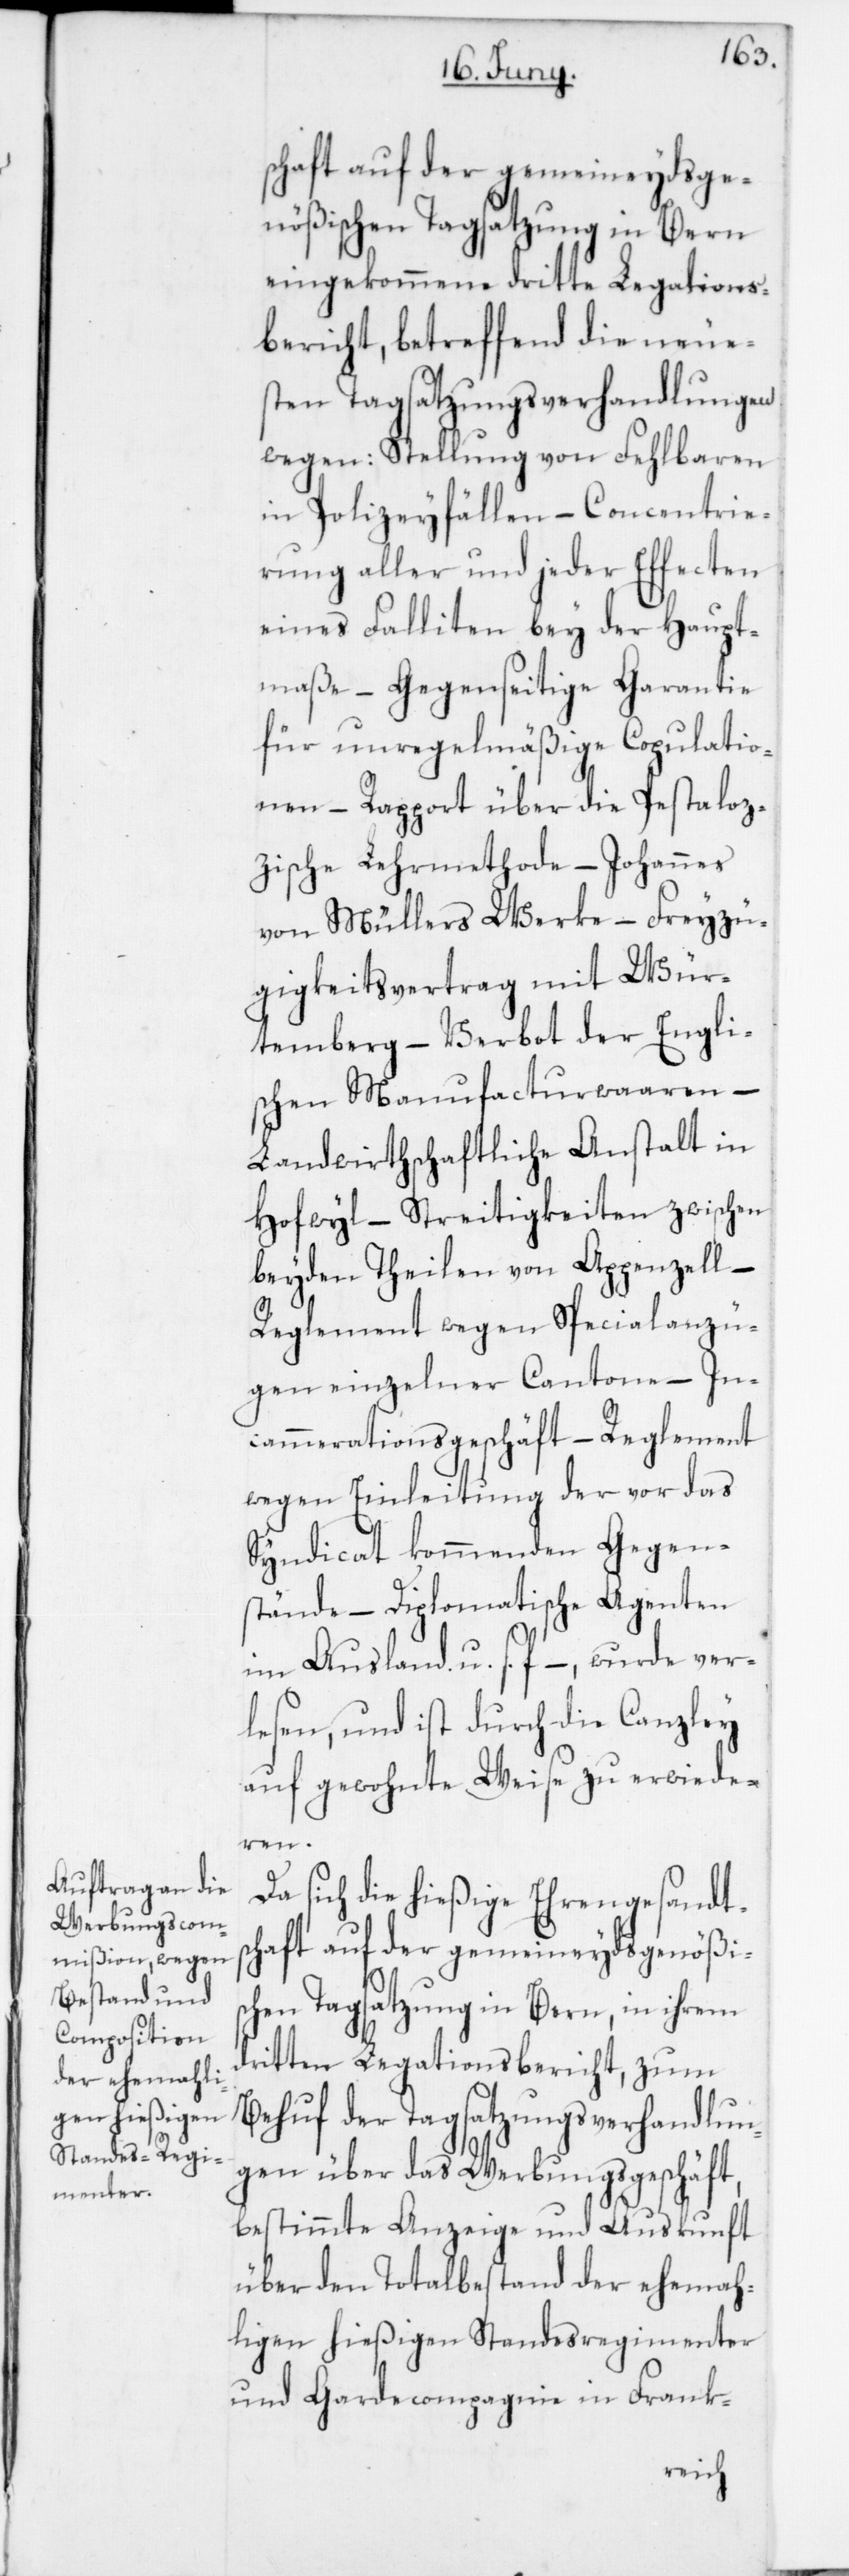
schaft auf der gemeineydsge¬
nößischen Tagsatzung in Bern
eingekommene dritte Legations¬
bericht, betreffend die neues¬
ten Tagsatzungsverhandlungen
wegen: Stellung von Fehlbaren
in Polizeyfällen – Concentrie¬
rung aller und jeder Effecten
eines Falliten bey der Haupt¬
maße – Gegenseitige Garantie
für unregelmäßige Copulatio¬
nen – Rapport über die Pestaloz¬
zische Lehrmethode – Johannes
von Müllers Werke – Freyzü¬
gigkeitsvertrag mit Wür¬
temberg – Verbot der Engli¬
schen Manufacturwaaren –
Landwirthschaftliche Anstalt in
Hofwyl – Streitigkeiten zwischen
beiden Theilen von Appenzell –
Reglement wegen Spezialanzü¬
gen einzelner Cantone – In¬
cammerationsgeschäft – Reglement
wegen Einleitung der vor das
Syndicat kommenden Gegen¬
stände – Diplomatische Agenten
im Ausland, u. s. f. – wurde ver¬
lesen, und ist durch die Canzley
auf gewohnte Weise zu erwieder¬
en.
Da sich die hießige Ehrengesandts¬
chaft auf der gemeineydsgenößis¬
chen Tagsatzung in Bern, in ihrem
dritten Legationsbericht zum
Behuf der Tagsatzungsverhandlun¬
gen über das Werbungsgeschäft,
bestimmte Anzeige und Auskunft
über den Totalbestand der ehemah¬
ligen hießigen Standesregimenter
und Gardecompagnie in Frank-